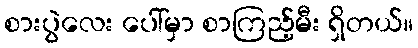
စားပွဲလေး ပေါ်မှာ စာကြည့်မီး ရှိတယ်။